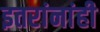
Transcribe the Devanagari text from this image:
इतरांनांही